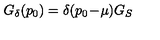
G _ { \delta } ( p _ { 0 } ) = \delta ( p _ { 0 } \! - \! \mu ) G _ { S }